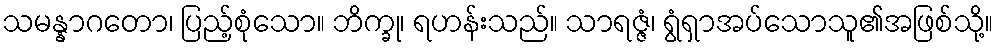
သမန္နာဂတော၊ ပြည့်စုံသော။ ဘိက္ခု၊ ရဟန်းသည်။ သာရဇ္ဇံ၊ ရွံရှာအပ်သောသူ၏အဖြစ်သို့။